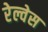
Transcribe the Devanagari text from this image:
रेल्वेस